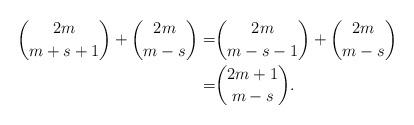
LaTeX: \begin{align*}{2m \choose m+s+1}+{2m \choose m-s}=&{2m \choose m-s-1}+{2m \choose m-s}\\=&{2m+1 \choose m-s}.\end{align*}